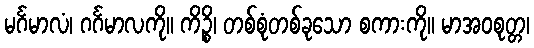
မင်္ဂမာလံ၊ ဂင်္ဂမာလကို။ ကိဉ္စိ၊ တစ်စုံတစ်ခုသော စကားကို။ မာအဝစုတ္တ၊